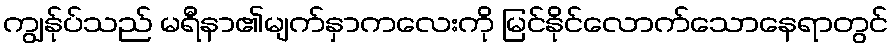
ကျွန်ုပ်သည် မရီနာ၏မျက်နှာကလေးကို မြင်နိုင်လောက်သောနေရာတွင်